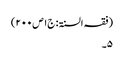
(فقہ السنۃ: ج۱ص۲۰۰)
۵۔